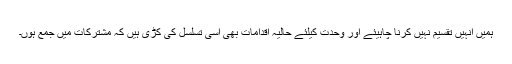
ہمیں انہیں تقسیم نہیں کرنا چاہیئے اور وحدت کیلئے حالیہ اقدامات بھی اسی تسلسل کی کڑی ہیں کہ مشترکات میں جمع ہوں۔